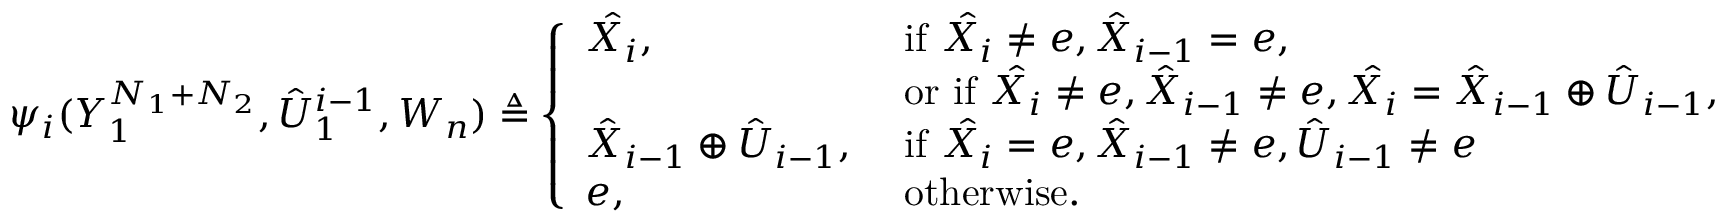
\psi _ { i } ( Y _ { 1 } ^ { N _ { 1 } + N _ { 2 } } , \hat { U } _ { 1 } ^ { i - 1 } , W _ { n } ) \triangleq \left\{ \begin{array} { l l } { \hat { X _ { i } } , } & { \mathrm { ~ i f ~ } \hat { X _ { i } } \neq e , \hat { X } _ { i - 1 } = e , } \\ & { \mathrm { ~ o r ~ i f ~ } \hat { X _ { i } } \neq e , \hat { X } _ { i - 1 } \neq e , \hat { X _ { i } } = \hat { X } _ { i - 1 } \oplus \hat { U } _ { i - 1 } , } \\ { \hat { X } _ { i - 1 } \oplus \hat { U } _ { i - 1 } , } & { \mathrm { ~ i f ~ } \hat { X _ { i } } = e , \hat { X } _ { i - 1 } \neq e , \hat { U } _ { i - 1 } \neq e } \\ { e , } & { \mathrm { ~ o t h e r w i s e . } } \end{array} \right.